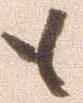
も